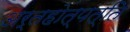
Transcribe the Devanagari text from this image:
अर्तहोत्पत्ति